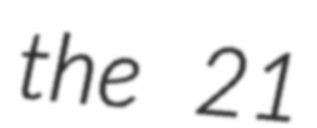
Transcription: the 21